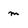
Character: m